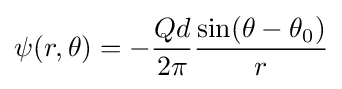
\psi (r,\theta )=-{\frac {Qd}{2\pi }}{\frac {\sin(\theta -\theta _{0})}{r}}